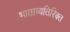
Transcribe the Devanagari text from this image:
भाताव्यतिरिक्त